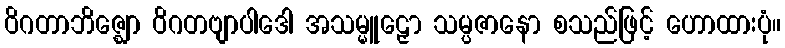
ဝိဂတာဘိဇ္ဈော ဝိဂတဗျာပါဒေါ အသမ္မူဠှော သမ္ပဇာနော စသည်ဖြင့် ဟောထားပုံ။